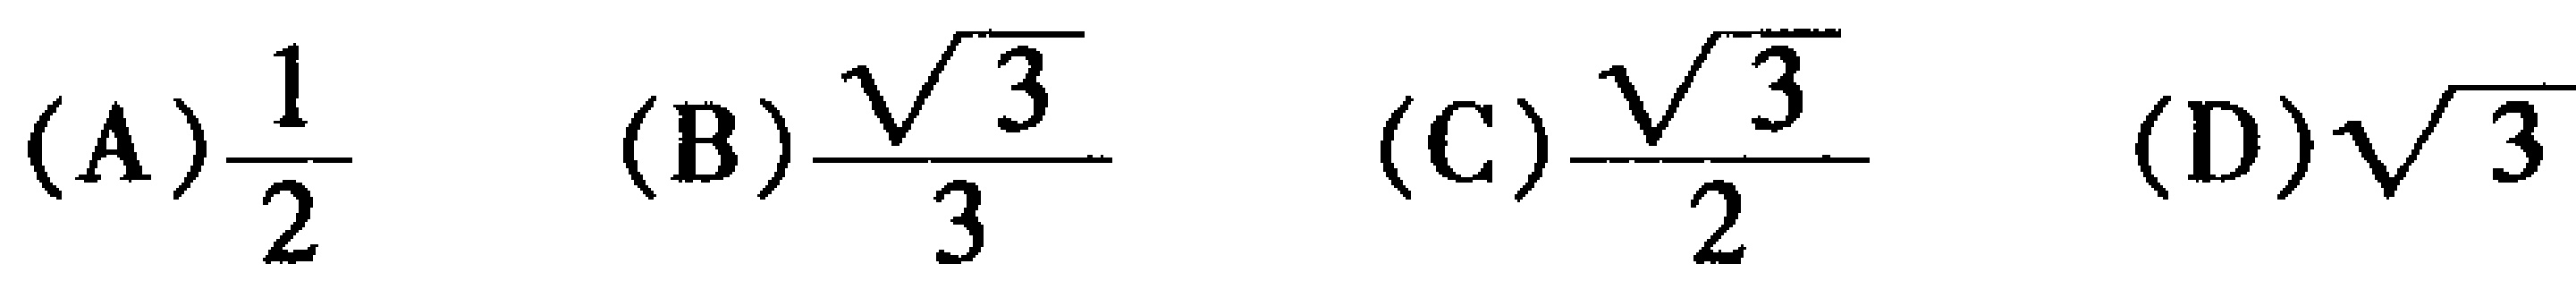
(A)$\frac{1}{2}$ (B)$\frac{\sqrt{3}}{3}$ (C)$\frac{\sqrt{3}}{2}$ (D)$\sqrt{3}$